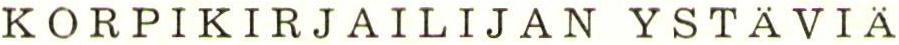
KORPIKIRJAILIJAN YSTÄVIÄ